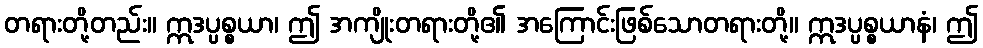
တရားတို့တည်း။ ဣဒပ္ပစ္စယာ၊ ဤ အကျိုးတရားတို့၏ အကြောင်းဖြစ်သောတရားတို့။ ဣဒပ္ပစ္စယာနံ၊ ဤ